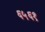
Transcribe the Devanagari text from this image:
६५६१